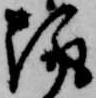
趣